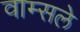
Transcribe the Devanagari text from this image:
वाम्सले